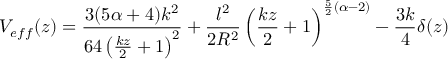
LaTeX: V _ { e f f } ( z ) = \frac { 3 ( 5 \alpha + 4 ) k ^ { 2 } } { 6 4 \left( { \frac { k z } { 2 } } + 1 \right) ^ { 2 } } + { \frac { l ^ { 2 } } { 2 R ^ { 2 } } } \left( { \frac { k z } { 2 } } + 1 \right) ^ { { \frac { 5 } { 2 } } ( \alpha - 2 ) } - { \frac { 3 k } { 4 } } \delta ( z )